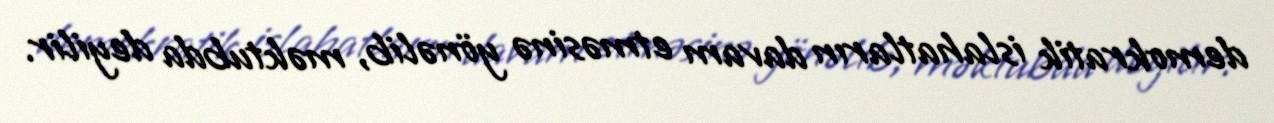
demokratik islahatların davam etməsinə yönəlib, məktubda deyilir.